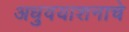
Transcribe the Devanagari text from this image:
अधुवयाशनाचे